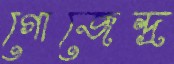
গোজেন্দ্র